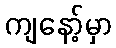
ကျနော့်မှာ